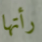
رأتها